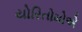
યોરિતોમોએ